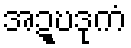
အဍ္ဎဒုကံ